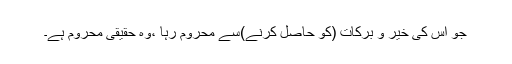
جو اس کی خیر و برکات (کو حاصل کرنے)سے محروم رہا ،وہ حقیقی محروم ہے۔